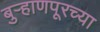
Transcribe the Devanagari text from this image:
बुऱ्हाणपूरच्या